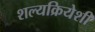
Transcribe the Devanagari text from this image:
शल्यक्रियेशी